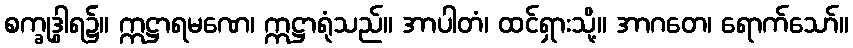
စက္ခုဒွါရ၌။ ဣဋ္ဌာရမဏေ၊ ဣဋ္ဌာရုံသည်။ အာပါတံ၊ ထင်ရှားသို့။ အာဂတေ၊ ရောက်သော်။